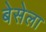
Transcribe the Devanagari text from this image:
बेसेला